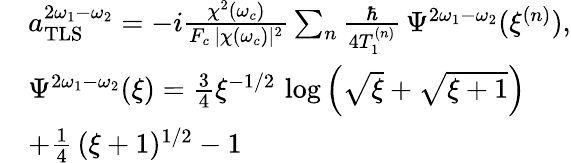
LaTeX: \begin{array}{rl}&{a_{\mathrm{TLS}}^{2\omega_{1}-\omega_{2}}=-i\frac{\chi^{2}(\omega_{c})}{F_{c}\, |\chi(\omega_{c})|^{2}}\sum_{n}\frac{\hbar}{4T_{1}^{(n)}}\, \Psi^{2\omega_{1}-\omega_{2}}(\xi^{(n)}),}\\ &{\Psi^{2\omega_{1}-\omega_{2}}(\xi)=\frac{3}{4}\xi^{-1/2}\, \log\left(\sqrt{\xi}+\sqrt{\xi+1}\right)}\\ &{+\frac{1}{4}\, (\xi+1)^{1/2}-1}\end{array}